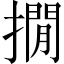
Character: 撊